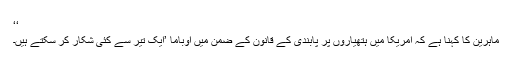
‘‘
ماہرین کا کہنا ہے کہ امریکا میں ہتھیاروں پر پابندی کے قانون کے ضمن میں اوباما ’ایک تیر سے کئی شکار کر سکتے ہیں۔